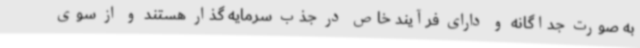
به صورت جداگانه و دارای فرآیند خاص در جذب سرمایه گذار هستند و از سوی